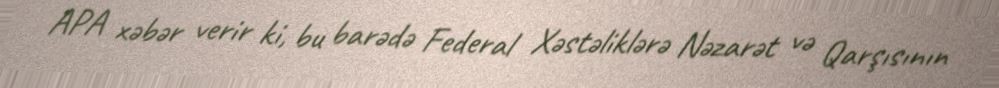
APA xəbər verir ki, bu barədə Federal Xəstəliklərə Nəzarət və Qarşısının